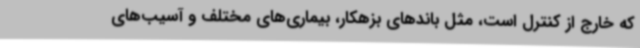
که خارج از کنترل است، مثل باندهای بزهکار، بیماری‌های مختلف و آسیب‌های